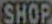
SHOP